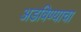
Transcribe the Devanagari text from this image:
अडविण्याचा